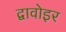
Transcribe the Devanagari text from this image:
द्वावोइर